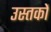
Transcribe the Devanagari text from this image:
उस्तकों